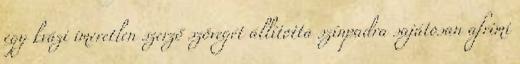
egy kvázi imeretlen szerző szövegét állította színpadra sajátosan afrimi